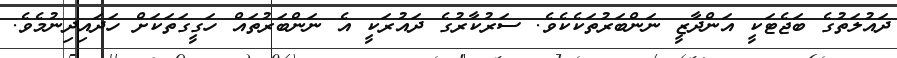
ދައުލަތުގެ ބަޖެޓަކީ އަންދާޒީ ނަންބަރުތަކެކެވެ. ސަރުކާރުގެ ދައުރަކީ އެ ނަންބަރުތައް ހަގީގަތަކަށް ހަދައިދިނުމެވެ.